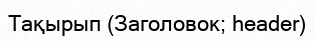
Тақырып (Заголовок; header)